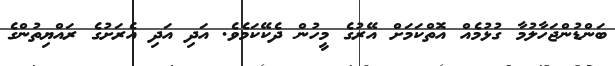
ބަންޑުންޖަހާލުމާ ގުޅުމެއް އޮތްކަމަށް އޭރުގެ މީހުން ދެކޭކަމެވެ. އަދި އަދި އެރަށުގެ ރައްޔިތުންގެ